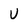
Character: U